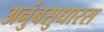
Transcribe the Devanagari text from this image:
अनुंबसुधारस